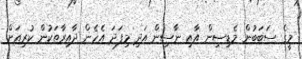
މީގެ ސަބަބުން މެޑިސިން އާއި ނާސިން އަދި މިފަދަ އެހެން ދާއިރާތަކުން ކުރިއަށް